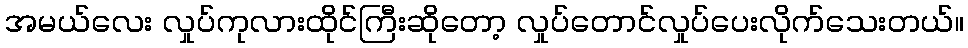
အမယ်လေး လှုပ်ကုလားထိုင်ကြီးဆိုတော့ လှုပ်တောင်လှုပ်ပေးလိုက်သေးတယ်။